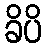
ခိပိ